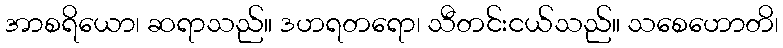
အာစရိယော၊ ဆရာသည်။ ဒဟရတရော၊ သီတင်းငယ်သည်။ သစေဟောတိ၊